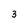
Character: 3